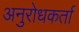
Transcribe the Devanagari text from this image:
अनुरोधकर्ता